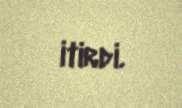
itirdi.